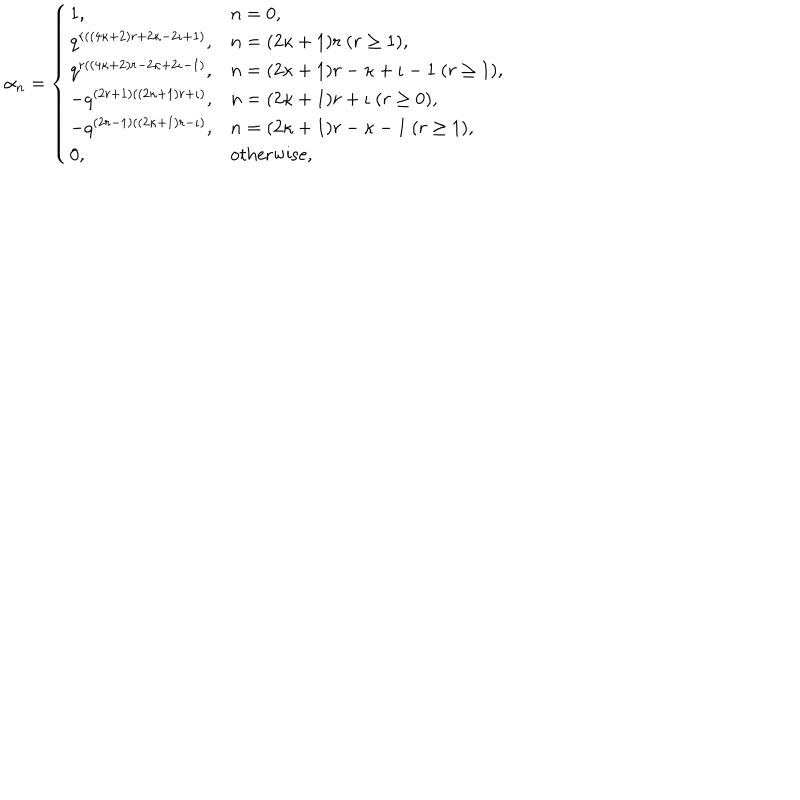
\alpha _ { n } = \left\{ \begin{array} { l l } { { 1 , } } & { { n = 0 , } } \\ { { q ^ { r ( ( 4 \kappa + 2 ) r + 2 \kappa - 2 \iota + 1 ) } , } } & { { n = ( 2 \kappa + 1 ) r ~ ( r \geq 1 ) , } } \\ { { q ^ { r ( ( 4 \kappa + 2 ) r - 2 \kappa + 2 \iota - 1 ) } , } } & { { n = ( 2 \kappa + 1 ) r - \kappa + \iota - 1 ~ ( r \geq 1 ) , } } \\ { { - q ^ { ( 2 r + 1 ) ( ( 2 \kappa + 1 ) r + \iota ) } , } } & { { n = ( 2 \kappa + 1 ) r + \iota ~ ( r \geq 0 ) , } } \\ { { - q ^ { ( 2 r - 1 ) ( ( 2 \kappa + 1 ) r - \iota ) } , } } & { { n = ( 2 \kappa + 1 ) r - \kappa - 1 ~ ( r \geq 1 ) , } } \\ { { 0 , } } & { { \mathrm { o t h e r w i s e } , } } \\ \end{array} \right.